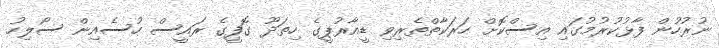
ނުރުހުން ފާޅުކުރުމުގައި އިސްކޮށް ހަރަކާތްތެރިވި ޑީއާރުޕީގެ ހިތަދޫ ގޮފީގެ ރައީސް ހުސެއިން ސޯލިހު